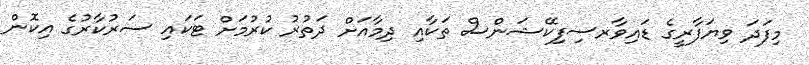
މިފަދަ ވިޔަފާރީގެ ޑައިވާރސިފިކޭޝަންސް ތަކާއި ދިމާއަށް ދަތުރު ކުރުމަށް ޓަކައި ސަރުކާރުގެ އިކޮން